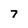
Character: 7